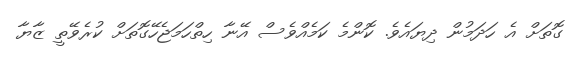
ގޮތަށް އެ ހަދަމުން ދިޔައެވެ. ކޮންމެ ކަމެއްވެސް އޭނާ ހިތްހަމަޖެހޭގޮތަށް ކުރެވޭތީ ޒާޔާ